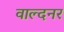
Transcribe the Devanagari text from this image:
वाल्दनर